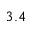
3 . 4